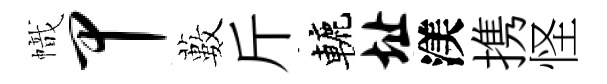
幟甲藪斤轆址渼携怪